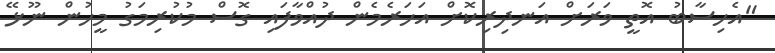
"އެހިސާބު އޮތީ ވަރަށް އަނދިރިކޮށް އަހަރެމެން ދުއްވާފައި ގޮސް މުކުރިމަގު މީހުން ނޫޅޭ